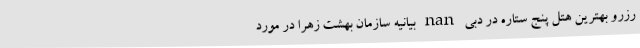
رزرو بهترین هتل پنج ستاره در دبی nan بیانیه سازمان بهشت زهرا در مورد